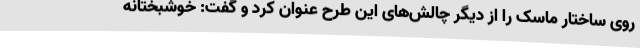
روی ساختار ماسک را از دیگر چالش‌های این طرح عنوان کرد و گفت: خوشبختانه